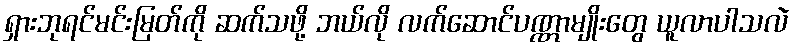
ရှားဘုရင်မင်းမြတ်ကို ဆက်သဖို့ ဘယ်လို လက်ဆောင်ပဏ္ဏာမျိုးတွေ ယူလာပါသလဲ